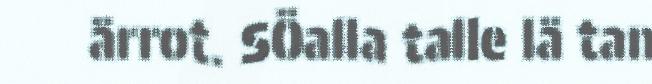
ärrot. SÖalla talle lä tan